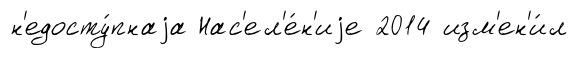
н'едосту́пнаjа Нас'ел'е́н'иjе 2014 изм'ен'и́л